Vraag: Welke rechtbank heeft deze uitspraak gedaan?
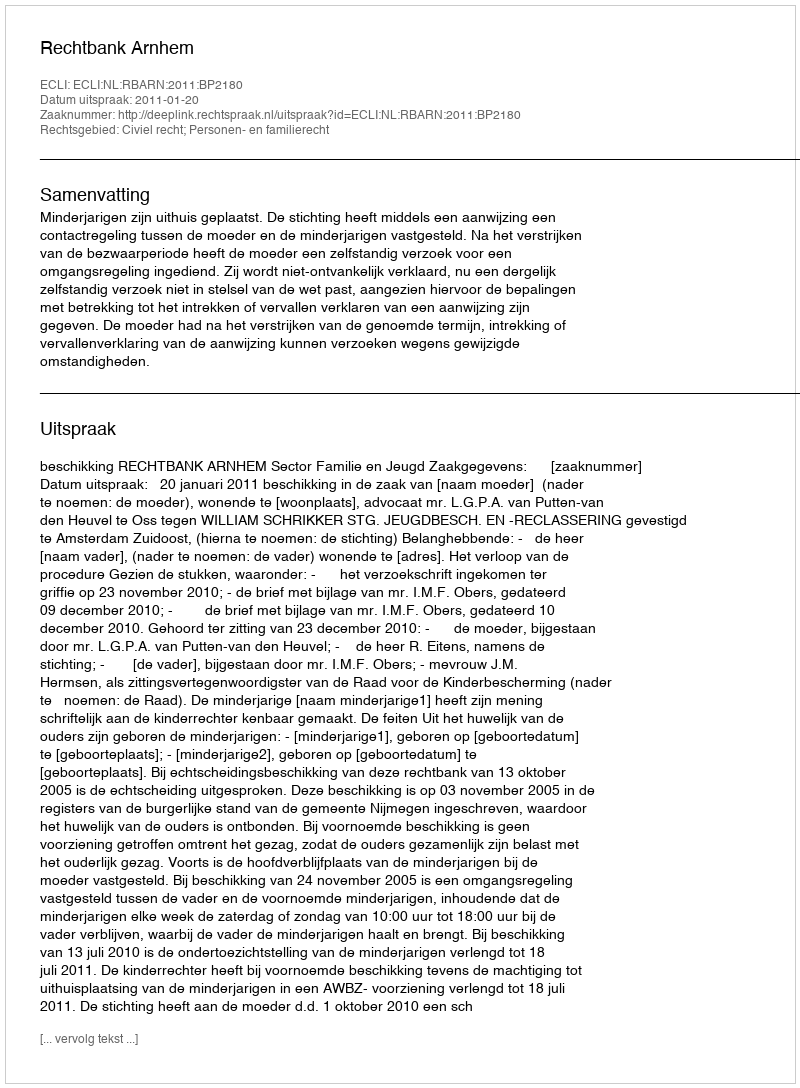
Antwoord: Rechtbank Arnhem